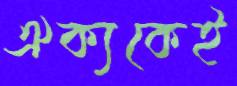
ঐক্যকেই